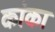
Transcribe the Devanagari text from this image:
कांका